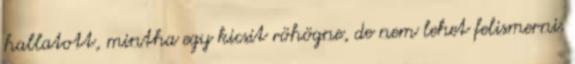
hallatott, mintha egy kicsit röhögne, de nem lehet felismerni.